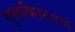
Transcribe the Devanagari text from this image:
सुभाषितरूपाने